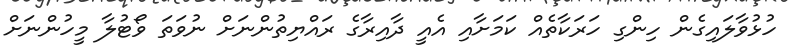
ހުޅުވާލައިގެން ހިންގި ހަރަކާތެއް ކަމަށާއި އެއީ ދާއިރާގެ ރައްޔިތުންނަށް ނުވަތަ ވޯޓުލާ މީހުންނަށް